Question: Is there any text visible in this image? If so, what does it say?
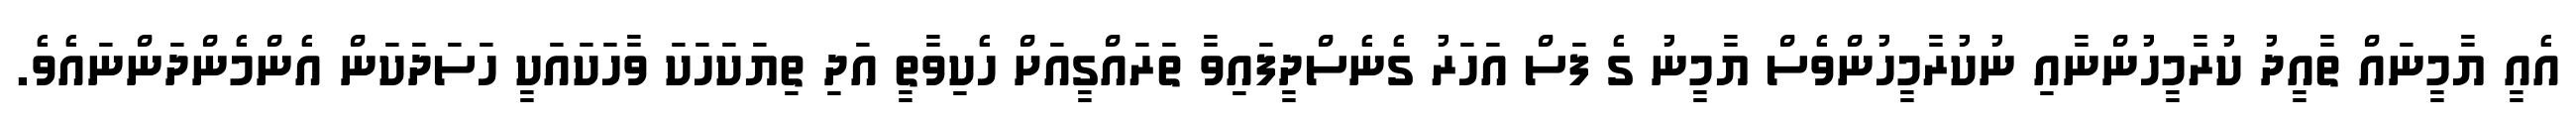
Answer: އެއީ ޔާމީނައް ތާއީދު ކުރާމީހުންނާއި ނުކުރާމީހުންވެސް ޔާމީނު ގެ ފަސް އަހަރު ގެނެސްދީފައިވާ ތަރައްގީއަށް ހެކިވާތީ އަދި ތިޔަކަހަކަ ވާހަކައަކީ ހަސަދަކަން އެންމެންދަންނައެވެ.